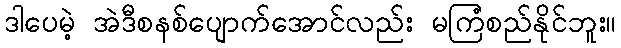
ဒါပေမဲ့ အဲဒီစနစ်ပျောက်အောင်လည်း မကြံစည်နိုင်ဘူး။